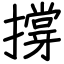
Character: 撐